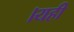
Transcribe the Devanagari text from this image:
।यही